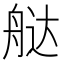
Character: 𬜔